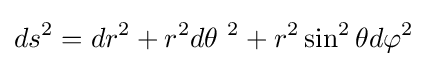
ds^{2}=dr^{2}+r^{2}d\theta \ ^{2}+r^{2}\sin ^{2}\theta d\varphi ^{2}